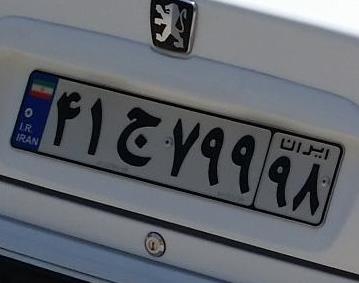
۴۱ج۷۹۹۹۸